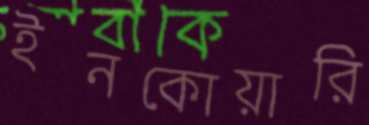
ইনকোয়ারি